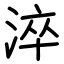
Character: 淬